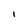
Character: l